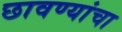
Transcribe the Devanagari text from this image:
छावण्यांचा